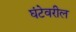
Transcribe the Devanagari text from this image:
घंटेवरील